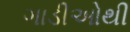
ગાડીઓથી